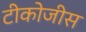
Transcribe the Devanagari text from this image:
टीकोजीस